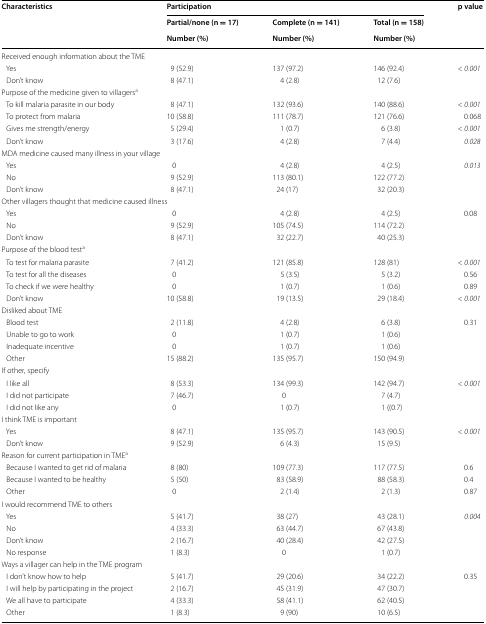
<table><thead><tr><td rowspan="3"><b>Characteristics</b></td><td colspan="3"><b>Participation</b></td><td rowspan="3"><b>p value</b></td></tr><tr><td><b>Partial/none (n = 17)</b></td><td><b>Complete (n = 141)</b></td><td><b>Total (n = 158)</b></td></tr><tr><td><b>Number (%)</b></td><td><b>Number (%)</b></td><td><b>Number (%)</b></td></tr></thead><tbody><tr><td colspan="5">Received enough information about the TME</td></tr><tr><td> Yes</td><td>9 (52.9)</td><td>137 (97.2)</td><td>146 (92.4)</td><td>&lt; <i>0.001</i></td></tr><tr><td> Don’t know</td><td>8 (47.1)</td><td>4 (2.8)</td><td>12 (7.6)</td><td></td></tr><tr><td colspan="5">Purpose of the medicine given to villagers<sup>a</sup></td></tr><tr><td> To kill malaria parasite in our body</td><td>8 (47.1)</td><td>132 (93.6)</td><td>140 (88.6)</td><td>&lt; <i>0.001</i></td></tr><tr><td> To protect from malaria</td><td>10 (58.8)</td><td>111 (78.7)</td><td>121 (76.6)</td><td>0.068</td></tr><tr><td> Gives me strength/energy</td><td>5 (29.4)</td><td>1 (0.7)</td><td>6 (3.8)</td><td>&lt; <i>0.001</i></td></tr><tr><td> Don’t know</td><td>3 (17.6)</td><td>4 (2.8)</td><td>7 (4.4)</td><td><i>0.028</i></td></tr><tr><td colspan="5">MDA medicine caused many illness in your village</td></tr><tr><td> Yes</td><td>0</td><td>4 (2.8)</td><td>4 (2.5)</td><td><i>0.013</i></td></tr><tr><td> No</td><td>9 (52.9)</td><td>113 (80.1)</td><td>122 (77.2)</td><td></td></tr><tr><td> Don’t know</td><td>8 (47.1)</td><td>24 (17)</td><td>32 (20.3)</td><td></td></tr><tr><td colspan="5">Other villagers thought that medicine caused illness</td></tr><tr><td> Yes</td><td>0</td><td>4 (2.8)</td><td>4 (2.5)</td><td>0.08</td></tr><tr><td> No</td><td>9 (52.9)</td><td>105 (74.5)</td><td>114 (72.2)</td><td></td></tr><tr><td> Don’t know</td><td>8 (47.1)</td><td>32 (22.7)</td><td>40 (25.3)</td><td></td></tr><tr><td colspan="5">Purpose of the blood test<sup>a</sup></td></tr><tr><td> To test for malaria parasite</td><td>7 (41.2)</td><td>121 (85.8)</td><td>128 (81)</td><td>&lt; <i>0.001</i></td></tr><tr><td> To test for all the diseases</td><td>0</td><td>5 (3.5)</td><td>5 (3.2)</td><td>0.56</td></tr><tr><td> To check if we were healthy</td><td>0</td><td>1 (0.7)</td><td>1 (0.6)</td><td>0.89</td></tr><tr><td> Don’t know</td><td>10 (58.8)</td><td>19 (13.5)</td><td>29 (18.4)</td><td>&lt; <i>0.001</i></td></tr><tr><td colspan="5">Disliked about TME</td></tr><tr><td> Blood test</td><td>2 (11.8)</td><td>4 (2.8)</td><td>6 (3.8)</td><td>0.31</td></tr><tr><td> Unable to go to work</td><td>0</td><td>1 (0.7)</td><td>1 (0.6)</td><td></td></tr><tr><td> Inadequate incentive</td><td>0</td><td>1 (0.7)</td><td>1 (0.6)</td><td></td></tr><tr><td> Other</td><td>15 (88.2)</td><td>135 (95.7)</td><td>150 (94.9)</td><td></td></tr><tr><td colspan="5">If other, specify</td></tr><tr><td> I like all</td><td>8 (53.3)</td><td>134 (99.3)</td><td>142 (94.7)</td><td>&lt; <i>0.001</i></td></tr><tr><td> I did not participate</td><td>7 (46.7)</td><td>0</td><td>7 (4.7)</td><td></td></tr><tr><td> I did not like any</td><td>0</td><td>1 (0.7)</td><td>1 ((0.7)</td><td></td></tr><tr><td colspan="5">I think TME is important</td></tr><tr><td> Yes</td><td>8 (47.1)</td><td>135 (95.7)</td><td>143 (90.5)</td><td>&lt; <i>0.001</i></td></tr><tr><td> Don’t know</td><td>9 (52.9)</td><td>6 (4.3)</td><td>15 (9.5)</td><td></td></tr><tr><td colspan="5">Reason for current participation in TME<sup>a</sup></td></tr><tr><td> Because I wanted to get rid of malaria</td><td>8 (80)</td><td>109 (77.3)</td><td>117 (77.5)</td><td>0.6</td></tr><tr><td> Because I wanted to be healthy</td><td>5 (50)</td><td>83 (58.9)</td><td>88 (58.3)</td><td>0.4</td></tr><tr><td> Other</td><td>0</td><td>2 (1.4)</td><td>2 (1.3)</td><td>0.87</td></tr><tr><td colspan="5">I would recommend TME to others</td></tr><tr><td> Yes</td><td>5 (41.7)</td><td>38 (27)</td><td>43 (28.1)</td><td><i>0.004</i></td></tr><tr><td> No</td><td>4 (33.3)</td><td>63 (44.7)</td><td>67 (43.8)</td><td></td></tr><tr><td> Don’t know</td><td>2 (16.7)</td><td>40 (28.4)</td><td>42 (27.5)</td><td></td></tr><tr><td> No response</td><td>1 (8.3)</td><td>0</td><td>1 (0.7)</td><td></td></tr><tr><td colspan="5">Ways a villager can help in the TME program</td></tr><tr><td> I don’t know how to help</td><td>5 (41.7)</td><td>29 (20.6)</td><td>34 (22.2)</td><td>0.35</td></tr><tr><td> I will help by participating in the project</td><td>2 (16.7)</td><td>45 (31.9)</td><td>47 (30.7)</td><td></td></tr><tr><td> We all have to participate</td><td>4 (33.3)</td><td>58 (41.1)</td><td>62 (40.5)</td><td></td></tr><tr><td> Other</td><td>1 (8.3)</td><td>9 (90)</td><td>10 (6.5)</td><td></td></tr></tbody></table>